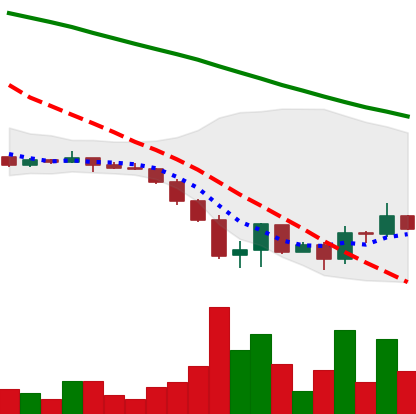
Ticker: DOGE-USD
Chart end date: 2022-06-22
Forward return: 17.06%
Label: up_7plus